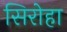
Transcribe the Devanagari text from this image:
सिरोहा